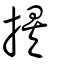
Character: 挨